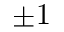
\pm 1